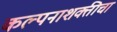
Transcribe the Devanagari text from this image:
कल्पनाशक्तीचा